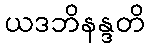
ယဒဘိနန္ဒတိ